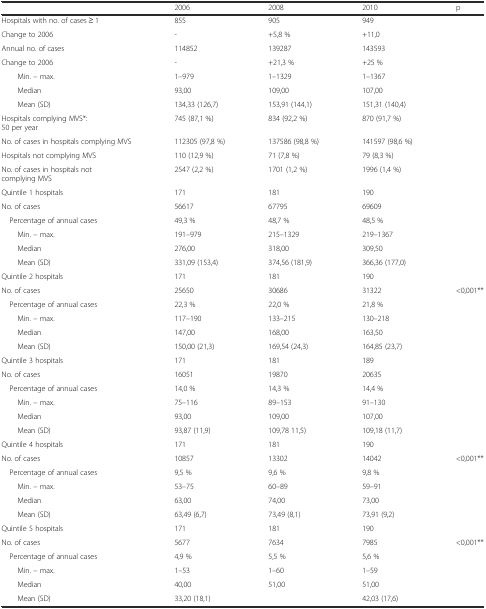
<table><thead><tr><td>[EMPTY_CELL]</td><td><b>2006</b></td><td><b>2008</b></td><td><b>2010</b></td><td><b>p</b></td></tr></thead><tbody><tr><td>Hospitals with no. of cases ≥ 1</td><td>855</td><td>905</td><td>949</td><td>[EMPTY_CELL]</td></tr><tr><td>Change to 2006</td><td>-</td><td>+5,8 %</td><td>+11,0</td><td>[EMPTY_CELL]</td></tr><tr><td>Annual no. of cases</td><td>114852</td><td>139287</td><td>143593</td><td>[EMPTY_CELL]</td></tr><tr><td>Change to 2006</td><td>-</td><td>+21,3 %</td><td>+25 %</td><td>[EMPTY_CELL]</td></tr><tr><td>Min. – max.</td><td>1–979</td><td>1–1329</td><td>1–1367</td><td>[EMPTY_CELL]</td></tr><tr><td>Median</td><td>93,00</td><td>109,00</td><td>107,00</td><td>[EMPTY_CELL]</td></tr><tr><td>Mean (SD)</td><td>134,33 (126,7)</td><td>153,91 (144,1)</td><td>151,31 (140,4)</td><td>[EMPTY_CELL]</td></tr><tr><td>Hospitals complying MVS*: 50 per year</td><td>745 (87,1 %)</td><td>834 (92,2 %)</td><td>870 (91,7 %)</td><td>[EMPTY_CELL]</td></tr><tr><td>No. of cases in hospitals complying MVS</td><td>112305 (97,8 %)</td><td>137586 (98,8 %)</td><td>141597 (98,6 %)</td><td>[EMPTY_CELL]</td></tr><tr><td>Hospitals not complying MVS</td><td>110 (12,9 %)</td><td>71 (7,8 %)</td><td>79 (8,3 %)</td><td>[EMPTY_CELL]</td></tr><tr><td>No. of cases in hospitals not complying MVS</td><td>2547 (2,2 %)</td><td>1701 (1,2 %)</td><td>1996 (1,4 %)</td><td>[EMPTY_CELL]</td></tr><tr><td>Quintile 1 hospitals</td><td>171</td><td>181</td><td>190</td><td>[EMPTY_CELL]</td></tr><tr><td>No. of cases</td><td>56617</td><td>67795</td><td>69609</td><td>[EMPTY_CELL]</td></tr><tr><td> Percentage of annual cases</td><td>49,3 %</td><td>48,7 %</td><td>48,5 %</td><td>[EMPTY_CELL]</td></tr><tr><td>Min. – max.</td><td>191–979</td><td>215–1329</td><td>219–1367</td><td>[EMPTY_CELL]</td></tr><tr><td>Median</td><td>276,00</td><td>318,00</td><td>309,50</td><td>[EMPTY_CELL]</td></tr><tr><td>Mean (SD)</td><td>331,09 (153,4)</td><td>374,56 (181,9)</td><td>366,36 (177,0)</td><td>[EMPTY_CELL]</td></tr><tr><td>Quintile 2 hospitals</td><td>171</td><td>181</td><td>190</td><td>[EMPTY_CELL]</td></tr><tr><td>No. of cases</td><td>25650</td><td>30686</td><td>31322</td><td>&lt;0,001**</td></tr><tr><td> Percentage of annual cases</td><td>22,3 %</td><td>22,0 %</td><td>21,8 %</td><td>[EMPTY_CELL]</td></tr><tr><td>Min. – max.</td><td>117–190</td><td>133–215</td><td>130–218</td><td>[EMPTY_CELL]</td></tr><tr><td>Median</td><td>147,00</td><td>168,00</td><td>163,50</td><td>[EMPTY_CELL]</td></tr><tr><td>Mean (SD)</td><td>150,00 (21,3)</td><td>169,54 (24,3)</td><td>164,85 (23,7)</td><td>[EMPTY_CELL]</td></tr><tr><td>Quintile 3 hospitals</td><td>171</td><td>181</td><td>189</td><td>[EMPTY_CELL]</td></tr><tr><td>No. of cases</td><td>16051</td><td>19870</td><td>20635</td><td>[EMPTY_CELL]</td></tr><tr><td> Percentage of annual cases</td><td>14,0 %</td><td>14,3 %</td><td>14,4 %</td><td>[EMPTY_CELL]</td></tr><tr><td>Min. – max.</td><td>75–116</td><td>89–153</td><td>91–130</td><td>[EMPTY_CELL]</td></tr><tr><td>Median</td><td>93,00</td><td>109,00</td><td>107,00</td><td>[EMPTY_CELL]</td></tr><tr><td>Mean (SD)</td><td>93,87 (11,9)</td><td>109,78 11,5)</td><td>109,18 (11,7)</td><td>[EMPTY_CELL]</td></tr><tr><td>Quintile 4 hospitals</td><td>171</td><td>181</td><td>190</td><td>[EMPTY_CELL]</td></tr><tr><td>No. of cases</td><td>10857</td><td>13302</td><td>14042</td><td>&lt;0,001**</td></tr><tr><td> Percentage of annual cases</td><td>9,5 %</td><td>9,6 %</td><td>9,8 %</td><td>[EMPTY_CELL]</td></tr><tr><td>Min. – max.</td><td>53–75</td><td>60–89</td><td>59–91</td><td>[EMPTY_CELL]</td></tr><tr><td>Median</td><td>63,00</td><td>74,00</td><td>73,00</td><td>[EMPTY_CELL]</td></tr><tr><td>Mean (SD)</td><td>63,49 (6,7)</td><td>73,49 (8,1)</td><td>73,91 (9,2)</td><td>[EMPTY_CELL]</td></tr><tr><td>Quintile 5 hospitals</td><td>171</td><td>181</td><td>190</td><td>[EMPTY_CELL]</td></tr><tr><td>No. of cases</td><td>5677</td><td>7634</td><td>7985</td><td>&lt;0,001**</td></tr><tr><td> Percentage of annual cases</td><td>4,9 %</td><td>5,5 %</td><td>5,6 %</td><td>[EMPTY_CELL]</td></tr><tr><td>Min. – max.</td><td>1–53</td><td>1–60</td><td>1–59</td><td>[EMPTY_CELL]</td></tr><tr><td>Median</td><td>40,00</td><td>51,00</td><td>51,00</td><td>[EMPTY_CELL]</td></tr><tr><td>Mean (SD)</td><td>33,20 (18,1)</td><td>[EMPTY_CELL]</td><td>42,03 (17,6)</td><td>[EMPTY_CELL]</td></tr></tbody></table>